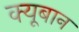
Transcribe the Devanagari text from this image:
क्यूबान